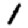
Digit: 1